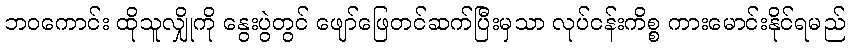
ဘဝကောင်း ထိုသူလျှိုကို နွေးပွဲတွင် ဖျော်ဖြေတင်ဆက်ပြီးမှသာ လုပ်ငန်းကိစ္စ ကားမောင်းနိုင်ရမည်